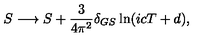
S \longrightarrow S + \frac { 3 } { 4 \pi ^ { 2 } } \delta _ { G S } \ln ( i c T + d ) , \